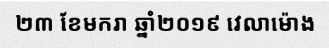
២៣ ខែមករា ឆ្នាំ២០១៩ វេលាម៉ោង